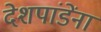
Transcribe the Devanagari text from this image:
देशपांडेंना